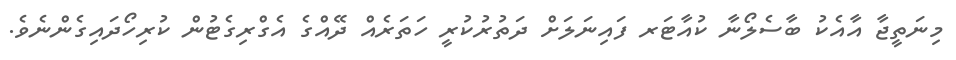
މިނަތީޖާ އާއެކު ބާސެލޯނާ ކުއާޓަރ ފައިނަލަށް ދަތުރުކުރީ ހަތަރެއް ދޭއްގެ އެގްރިގެޓުން ކުރިހޯދައިގެންނެވެ.